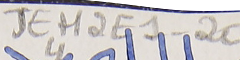
JEH2E1-204